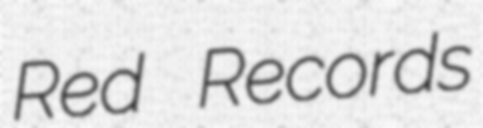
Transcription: Red Records